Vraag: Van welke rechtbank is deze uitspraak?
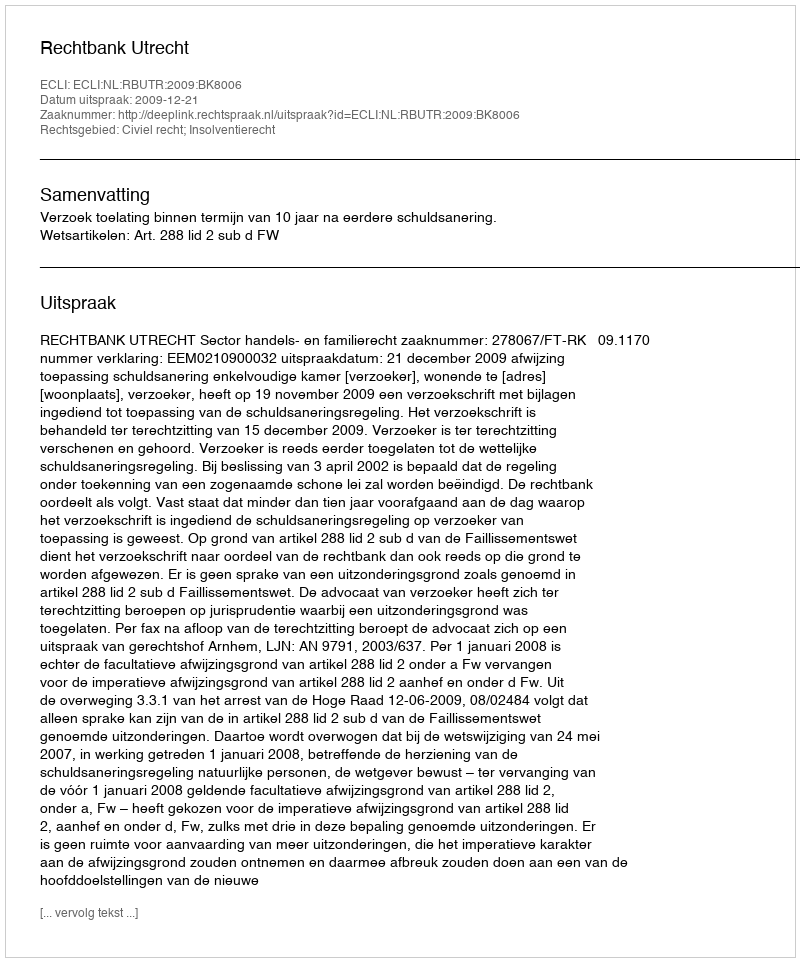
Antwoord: Rechtbank Utrecht